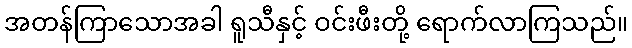
အတန်ကြာသောအခါ ရူသီနှင့် ဝင်းဖီးတို့ ရောက်လာကြသည်။